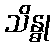
သိန္ဓု